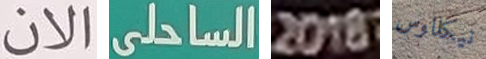
الان الساحلى 2018 نيكلاوس